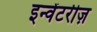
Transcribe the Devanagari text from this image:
इन्वेंटरीज़